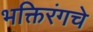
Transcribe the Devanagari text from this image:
भक्तिरंगचे